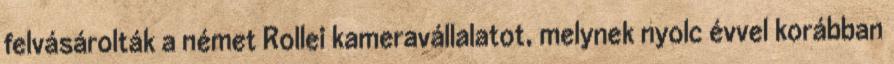
felvásárolták a német Rollei kameravállalatot, melynek nyolc évvel korábban